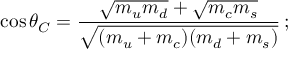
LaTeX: \cos \theta _ { C } = \frac { \sqrt { m _ { u } m _ { d } } + \sqrt { m _ { c } m _ { s } } } { \sqrt { ( m _ { u } + m _ { c } ) ( m _ { d } + m _ { s } ) } } \, ;